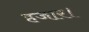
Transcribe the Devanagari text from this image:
हजार।